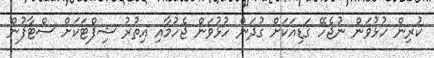
ކުރިން ހުޅުވަން ނުޖެހޭ ގަޑިއަކަށް ގުދަން ހުޅުވަން ޖެހުމާއި އިތުރު ޝިފްޓަކަށް ސްޓާފުން